Civil Veterinary Dept. North-West Frontier Province 1933-46 - 1933-1946
Year: 1933
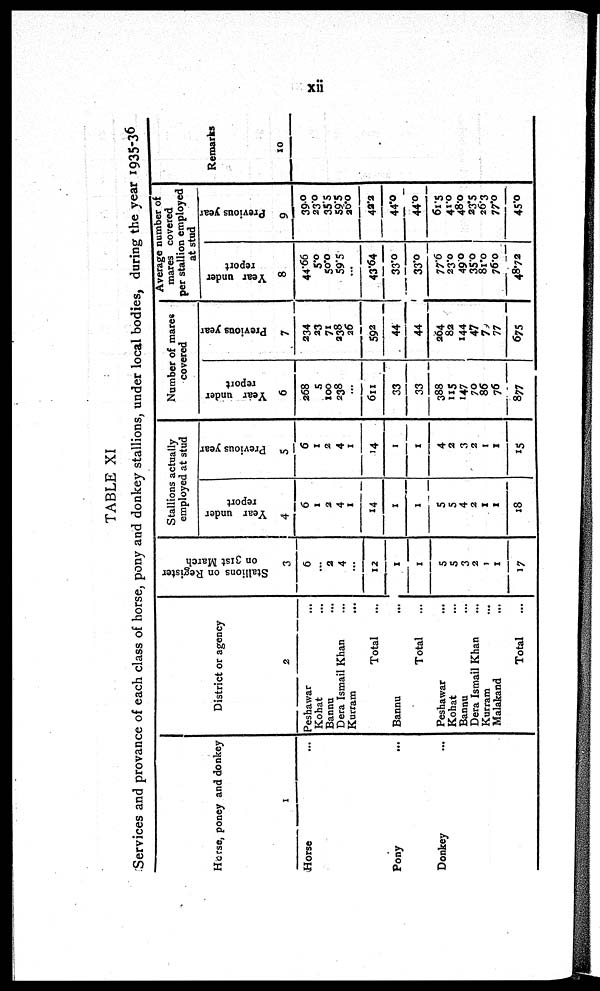
xii
TABLE XI
Services and provance of each class of horse, pony and donkey stallions, under local bodies, during the year 1935-36
Horse, poney and donkey
1
Horse ...
Pony ...
Donkey ...
District or agency
2
Peshawar ...
Kohat ...
Banna
Dera Ismail Khan ...
Kurram
...
Total ...
Bannu ...
Total ...
Peshawar ...
Kohat ...
Bannu ...
Dera Ismail Khan ...
Kurram ...
Malakand ...
Total ...
Stallions on Register
on 31st March
3
6
...
2
4
...
12
1
1
5
5
3
2
1
1
17
Stallions actually
employed at stud
Year under
report
4
6
1
2
4
1
14
1
1
5
5
4
2
1
1
18
Previous year
5
6
1
2
4
1
14
1
1
4
2
3
2
1
1
15
Number of mares
covered
Year under
report
6
268
5
100
238
...
611
33
33
388
115
147
70
86
76
877
Previous year
7
234
23
71
338
26
592
44
44
264
82
144
47
79
77
675
Average number of
mares covered
per stallion employed
at stud
Year under
report
8
44.66
5.0
50.0
59.5
...
43.64
33.0
33.0
77.6
23.0
49.0
35.0
81.0
76.0
48.72
Previous year
9
39.0
230
35.5
59.5
26.0
42.2
44.0
440
61.5
41.0
48.0
23.5
26.3
77.0
45.0
Remarks
10